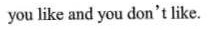
you like and you don't like.